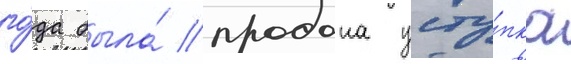
го́да была́ продана усту́пка